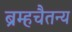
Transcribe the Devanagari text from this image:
ब्रम्हचैतन्य